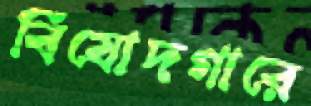
বিষোদগারে